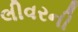
લીવરની